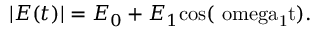
\lvert E ( t ) \rvert = E _ { 0 } + E _ { 1 } \mathrm { { c o s } ( \ o m e g a _ { 1 } t ) . }